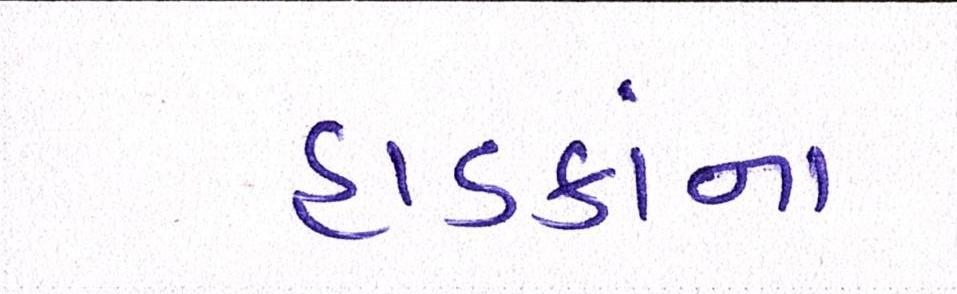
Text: હાડકાંના